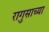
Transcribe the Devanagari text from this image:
रागुसाच्या